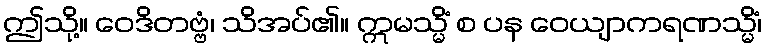
ဤသို့။ ဝေဒိတဗ္ဗံ၊ သိအပ်၏။ ဣမသ္မိံ စ ပန ဝေယျာကရဏသ္မိံ၊